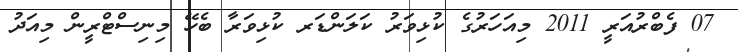
07 ފެބްރުއަރީ 2011 މިއަހަރުގެ ކުޅިވަރު ކަލަންޑަރ ކުޅިވަރާ ބެހޭ މިނިސްޓްރީން މިއަދު